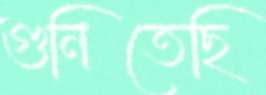
গুনিতেছি